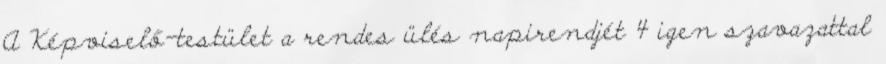
A Képviselő-testület a rendes ülés napirendjét 4 igen szavazattal